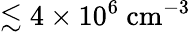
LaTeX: \lesssim 4\times 10^{6}~\mathrm{cm}^{-3}